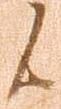
候